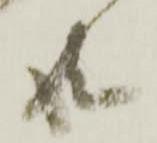
共